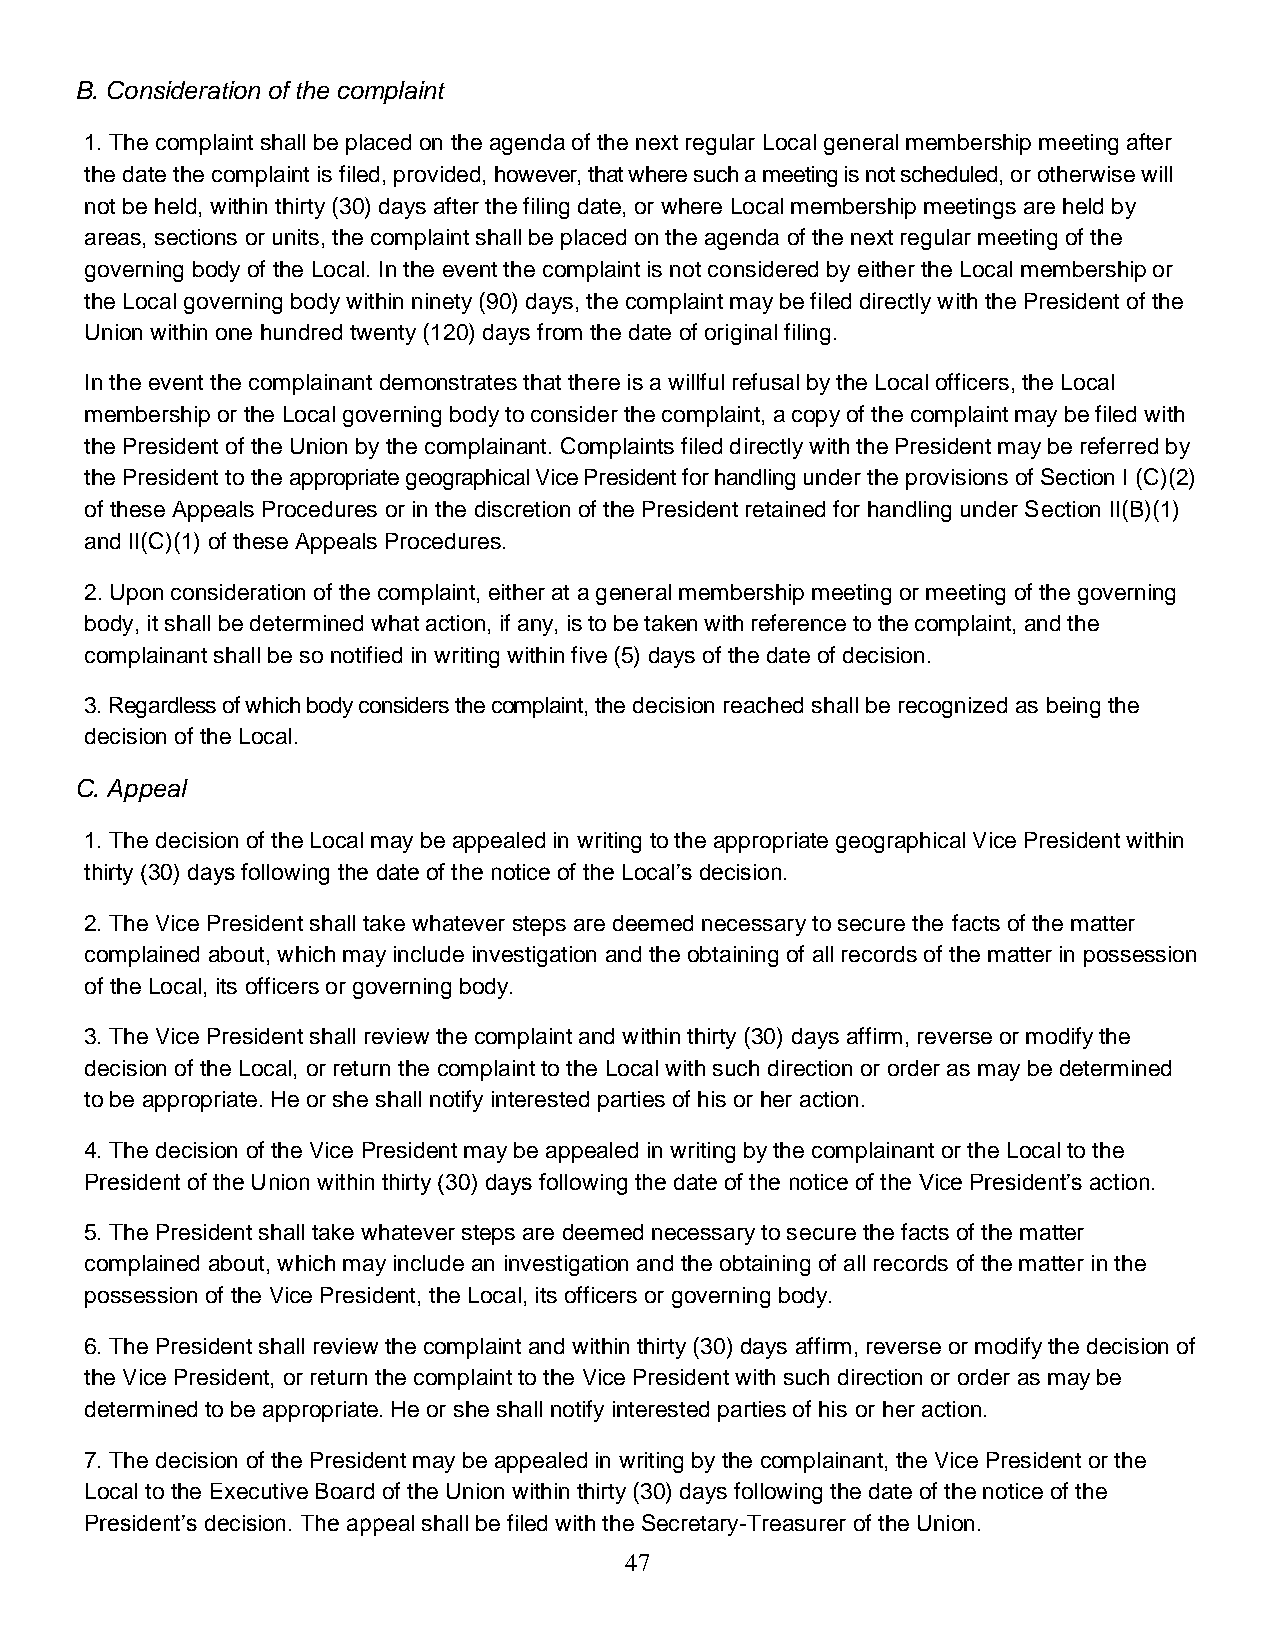
B. Consideration of the complaint
 1. The complaint shall be placed on the agenda of the next regular Local general membership meeting after
 the date the complaint is filed, provided, however, that where such a meeting is not scheduled, or otherwise will
 not be held, within thirty (30) days after the filing date, or where Local membership meetings are held by
 areas, sections or units, the complaint shall be placed on the agenda of the next regular meeting of the
 governing body of the Local. In the event the complaint is not considered by either the Local membership or
 the Local governing body within ninety (90) days, the complaint may be filed directly with the President of the
 Union within one hundred twenty (120) days from the date of original filing.
 In the event the complainant demonstrates that there is a willful refusal by the Local officers, the Local
 membership or the Local governing body to consider the complaint, a copy of the complaint may be filed with
 the President of the Union by the complainant. Complaints filed directly with the President may be referred by
 the President to the appropriate geographical Vice President for handling under the provisions of Section I (C)(2)
 of these Appeals Procedures or in the discretion of the President retained for handling under Section II(B)(1)
 and II(C)(1) of these Appeals Procedures.
 2. Upon consideration of the complaint, either at a general membership meeting or meeting of the governing
 body, it shall be determined what action, if any, is to be taken with reference to the complaint, and the
 complainant shall be so notified in writing within five (5) days of the date of decision.
 3. Regardless of which body considers the complaint, the decision reached shall be recognized as being the
 decision of the Local.
 C. Appeal
 1. The decision of the Local may be appealed in writing to the appropriate geographical Vice President within
 thirty (30) days following the date of the notice of the Local’s decision.
 2. The Vice President shall take whatever steps are deemed necessary to secure the facts of the matter
 complained about, which may include investigation and the obtaining of all records of the matter in possession
 of the Local, its officers or governing body.
 3. The Vice President shall review the complaint and within thirty (30) days affirm, reverse or modify the
 decision of the Local, or return the complaint to the Local with such direction or order as may be determined
 to be appropriate. He or she shall notify interested parties of his or her action.
 4. The decision of the Vice President may be appealed in writing by the complainant or the Local to the
 President of the Union within thirty (30) days following the date of the notice of the Vice President’s action.
 5. The President shall take whatever steps are deemed necessary to secure the facts of the matter
 complained about, which may include an investigation and the obtaining of all records of the matter in the
 possession of the Vice President, the Local, its officers or governing body.
 6. The President shall review the complaint and within thirty (30) days affirm, reverse or modify the decision of
 the Vice President, or return the complaint to the Vice President with such direction or order as may be
 determined to be appropriate. He or she shall notify interested parties of his or her action.
 7. The decision of the President may be appealed in writing by the complainant, the Vice President or the
 Local to the Executive Board of the Union within thirty (30) days following the date of the notice of the
 President’s decision. The appeal shall be filed with the Secretary-Treasurer of the Union.
 47